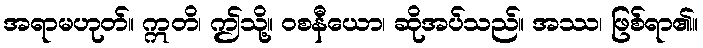
အရာမဟုတ်။ ဣတိ၊ ဤသို့။ ဝစနီယော၊ ဆိုအပ်သည်။ အဿ၊ ဖြစ်ရာ၏။